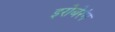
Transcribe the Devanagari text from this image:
इरोबेरंग